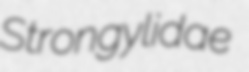
Strongylidae